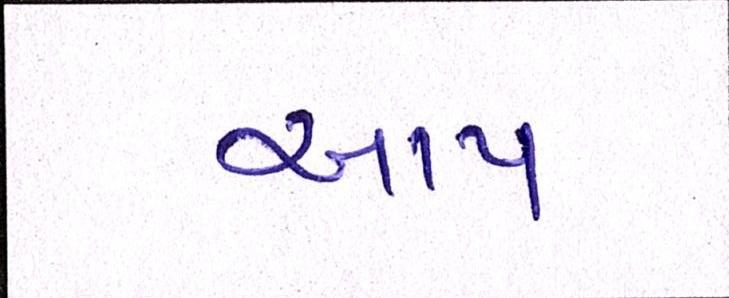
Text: આપ